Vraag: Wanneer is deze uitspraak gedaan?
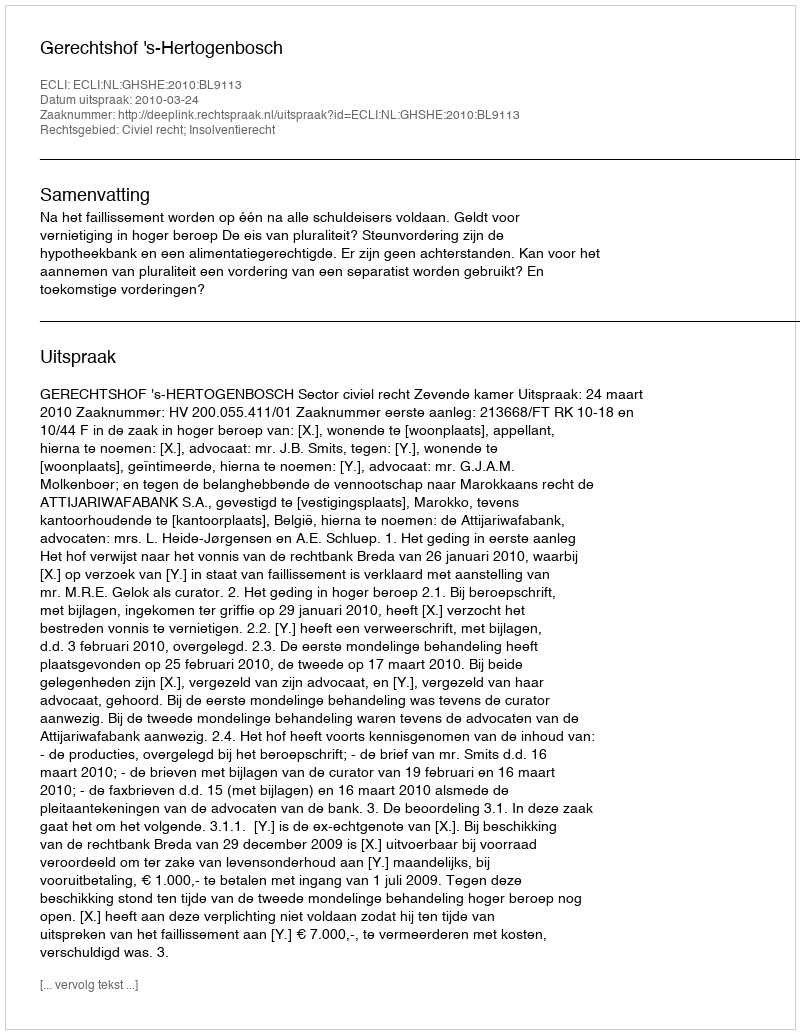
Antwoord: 2010-03-24